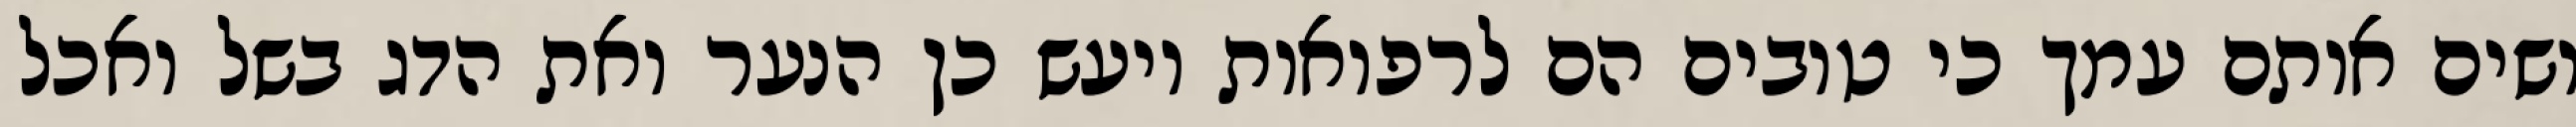
ושים אותם עמך כי טובים הם לרפואות ויעש כן הנער ואת הדג בשל ואכל